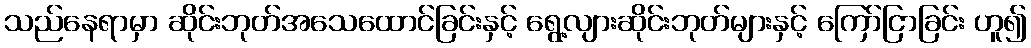
သည်နေရာမှာ ဆိုင်းဘုတ်အသေထောင်ခြင်းနှင့် ရွေ့လျားဆိုင်းဘုတ်များနှင့် ကြော်ငြာခြင်း ဟူ၍